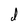
Character: d